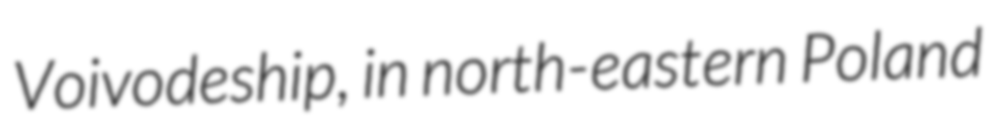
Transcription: Voivodeship, in north-eastern Poland